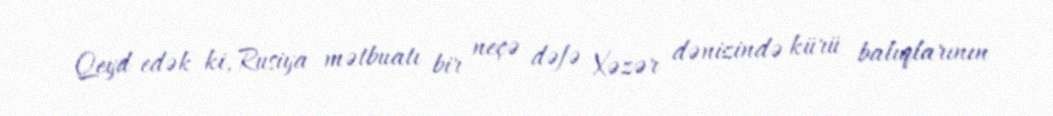
Qeyd edək ki, Rusiya mətbuatı bir neçə dəfə Xəzər dənizində kürü balıqlarının